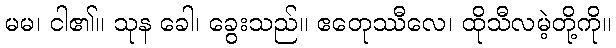
မမ၊ ငါ၏။ သုန ခေါ၊ ခွေးသည်။ ဧတေုဿီလေ၊ ထိုသီလမဲ့တို့ကို။